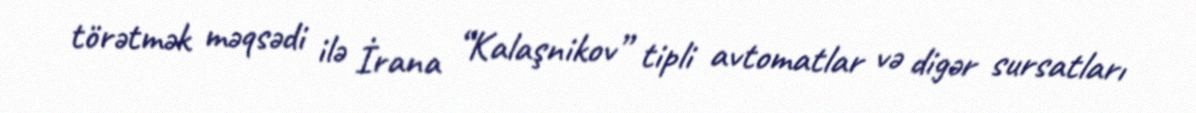
törətmək məqsədi ilə İrana “Kalaşnikov” tipli avtomatlar və digər sursatları